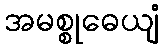
အမစ္စုဓေယျံ